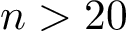
n > 2 0